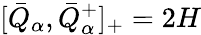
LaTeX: [\bar{Q}_{\alpha},\bar{Q}_{\alpha}^{+}]_{+}=2H